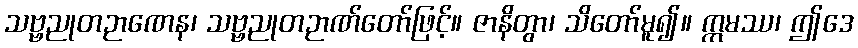
သဗ္ဗညုတဉာဏေန၊ သဗ္ဗညုတဉာဏ်တော်ဖြင့်။ ဇာနိတွာ၊ သိတော်မူ၍။ ဣမဿ၊ ဤဒေ